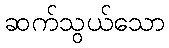
ဆက်သွယ်သော